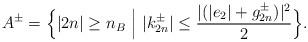
LaTeX: \begin{align*}A^\pm= \Big\{|2n|\geq n_B \,\,\Big|\,\, |k^\pm_{2n}|\leq \frac{ | (|e_2| + g^\pm_{2n})|^2 }{2}\Big\}.\end{align*}